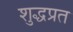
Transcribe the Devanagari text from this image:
शुद्धप्रत